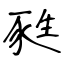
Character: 甤